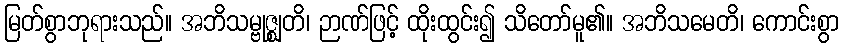
မြတ်စွာဘုရားသည်။ အဘိသမ္ဗုဇ္ဈတိ၊ ဉာဏ်ဖြင့် ထိုးထွင်း၍ သိတော်မူ၏။ အဘိသမေတိ၊ ကောင်းစွာ